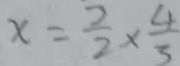
x = \frac { 2 } { 2 } \times \frac { 4 } { 5 }